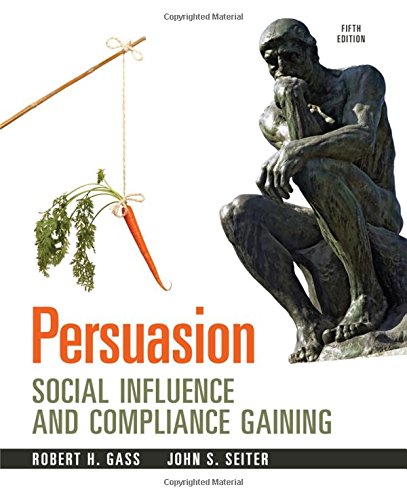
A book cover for Persuasion: Social Influence and Compliance Gaining; Robert H Gass; Politics & Social Sciences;